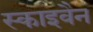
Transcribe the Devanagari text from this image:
स्काइवैन